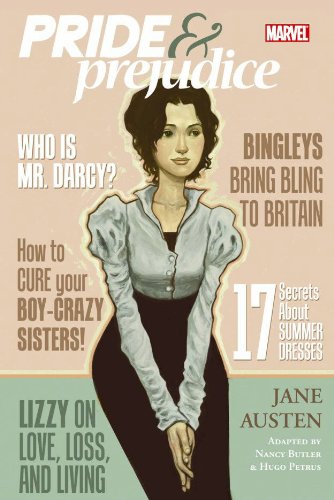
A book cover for Pride and Prejudice (Marvel Illustrated); Jane Austen; Comics & Graphic Novels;